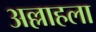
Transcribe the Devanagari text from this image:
अल्लाहला